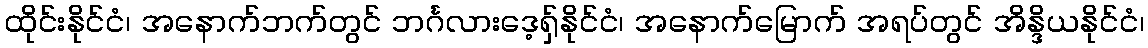
ထိုင်းနိုင်ငံ၊ အနောက်ဘက်တွင် ဘင်္ဂလားဒေ့ရှ်နိုင်ငံ၊ အနောက်မြောက် အရပ်တွင် အိန္ဒိယနိုင်ငံ၊